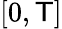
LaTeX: [0,\mathsf{T}]